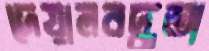
দেয়ালবদ্ধতা